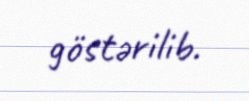
göstərilib.